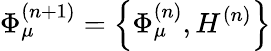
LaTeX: \Phi_{\mu}^{(n+1)}=\left\{ \Phi_{\mu}^{(n)},H^{(n)}\right\}